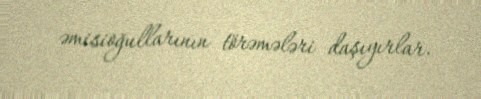
əmisioğullarının törəmələri daşıyırlar.